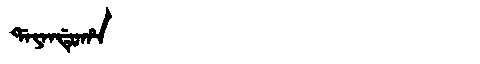
Manchu: ᡩᠠᠶᠠᠨᡩᡠᡥᠠ
Romanization: DAYANDUHA